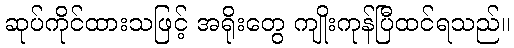
ဆုပ်ကိုင်ထားသဖြင့် အရိုးတွေ ကျိုးကုန်ပြီထင်ရသည်။